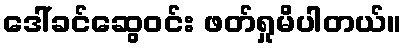
ဒေါ်ခင်ဆွေဝင်း ဖတ်ရှုမိပါတယ်။